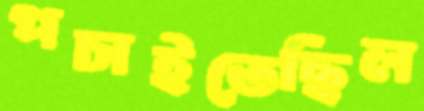
পচাইতেছিল